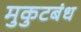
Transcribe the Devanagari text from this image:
मुकुटबंध